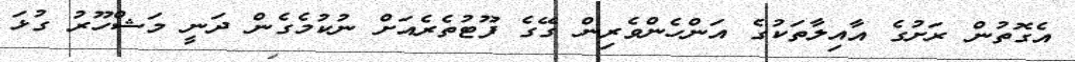
އެގޮތުން ރަށުގެ އާއިލާތަކުގެ އަންހެންވެރިން ގޭގެ ފޫޓުތެރެއަށް ނުކުމެގެން ދަނީ މަޝްހޫރު ގުޅަ